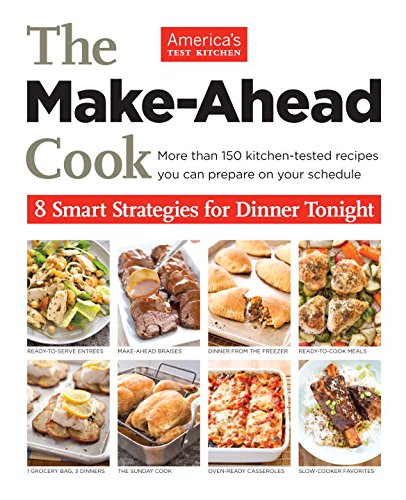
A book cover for The Make Ahead Cook; Cookbooks, Food & Wine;